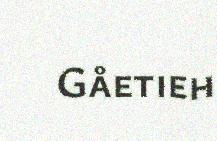
Gåetieh